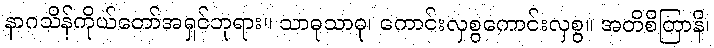
နာဂသိန်ကိုယ်တော်အရှင်ဘုရား။ သာဓုသာဓု၊ ကောင်းလှစွကောင်းလှစွ။ အတိစိတြာနိ၊